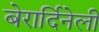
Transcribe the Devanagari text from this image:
बेरार्दिनेली